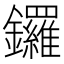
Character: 鑼